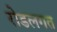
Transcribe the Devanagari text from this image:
रोडलगत